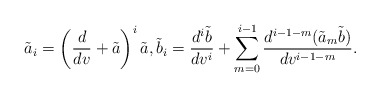
\begin{align*} \tilde{a}_i=\left(\frac{d}{dv}+\tilde{a}\right)^i\tilde{a},\tilde{b}_i=\frac{d^i\tilde{b}}{dv^i}+\sum_{m=0}^{i-1}\frac{d^{i-1-m}(\tilde{a}_m\tilde{b})}{dv^{i-1-m}}.\end{align*}